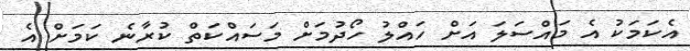
އެކަމަކު އެ މައްސަލަ އަށް ހައްލު ހޯދުމަށް މަސައްކަތް ކުރާނެ ކަމަށް އެ